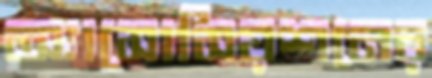
অ্যাসোসিয়শনের